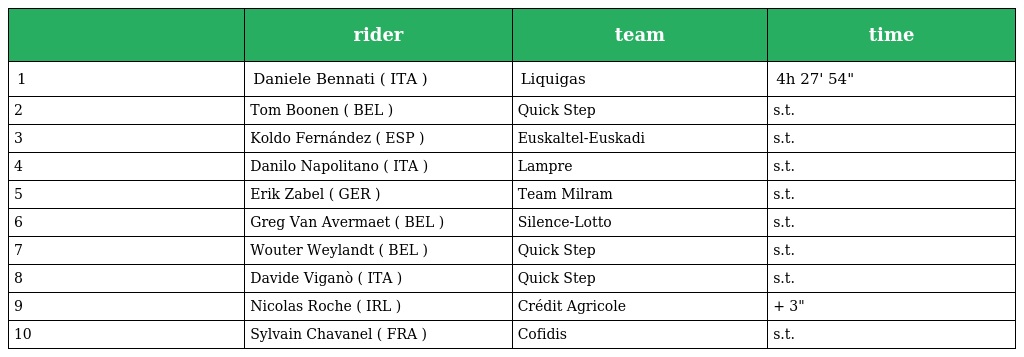
|  | rider | team | time |
 | --- | --- | --- | --- |
 | 1 | Daniele Bennati ( ITA ) | Liquigas | 4h 27' 54" |
 | 2 | Tom Boonen ( BEL ) | Quick Step | s.t. |
 | 3 | Koldo Fernández ( ESP ) | Euskaltel-Euskadi | s.t. |
 | 4 | Danilo Napolitano ( ITA ) | Lampre | s.t. |
 | 5 | Erik Zabel ( GER ) | Team Milram | s.t. |
 | 6 | Greg Van Avermaet ( BEL ) | Silence-Lotto | s.t. |
 | 7 | Wouter Weylandt ( BEL ) | Quick Step | s.t. |
 | 8 | Davide Viganò ( ITA ) | Quick Step | s.t. |
 | 9 | Nicolas Roche ( IRL ) | Crédit Agricole | + 3" |
 | 10 | Sylvain Chavanel ( FRA ) | Cofidis | s.t. |